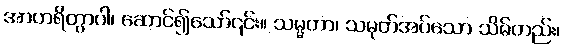
အာဟရိတွာဝါ၊ ဆောင်၍သော်၎င်း။ သမ္မတာ၊ သမုတ်အပ်သော သိမ်တည်း၊